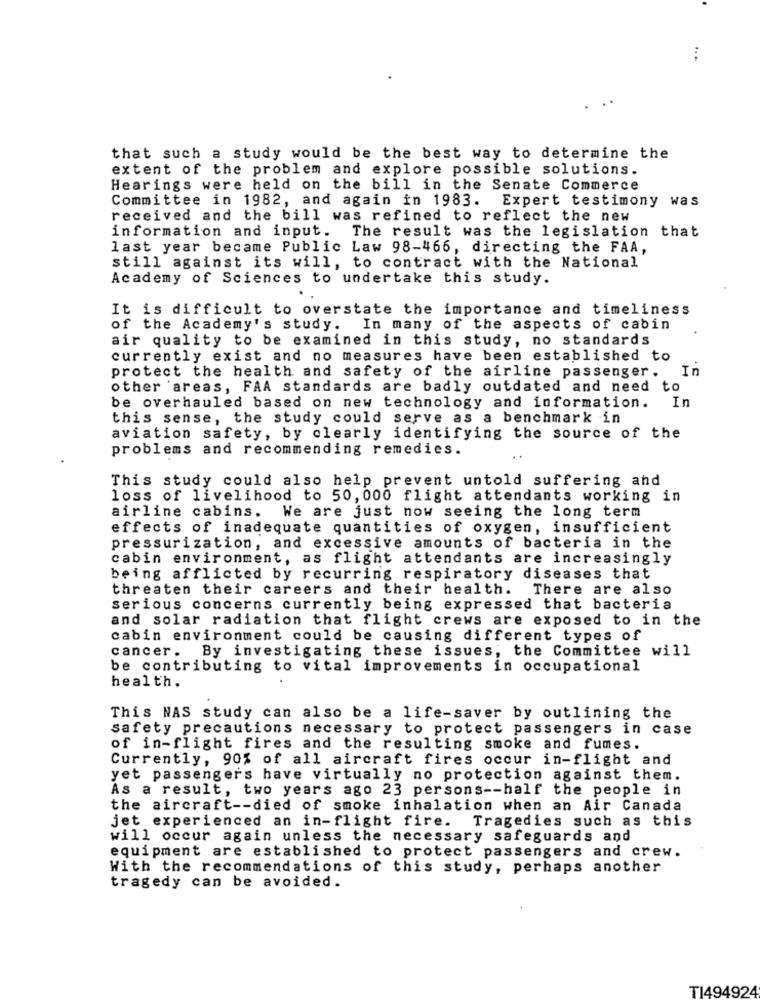
that such a study would be the best way to determine the
extent of the problem and explore possible solutions.
Hearings were held on the bill in the Senate Commerce
Committee in 1982, and again in 1983.
Expert testimony was
received and the bill was refined to reflect the new
information and input. The result was the legislation that
last year became Public Law 98-466, directing the FAA,
still against its will, to contract with the National
Academy of Sciences to undertake this study.
It is difficult to overstate the importance and timeliness
of the Academy's study.
In many of the aspects of cabin
air quality to be examined in this study, no standards
currently exist and no measures have been established to
protect the health and safety of the airline passenger .
In
other areas, FAA standards are badly outdated and need to
be overhauled based on new technology and information.
In
this sense, the study could serve as a benchmark in
aviation safety, by clearly identifying the source of the
problems and recommending remedies.
This study could also help prevent untold suffering and
loss of livelihood to 50, 000 flight attendants working in
airline cabins. We are just now seeing the long term
effects of inadequate quantities of oxygen, insufficient
pressurization, and excessive amounts of bacteria in the
cabin environment, as flight attendants are increasingly
being afflicted by recurring respiratory diseases that
threaten their careers and their health. There are also
serious concerns currently being expressed that bacteria
and solar radiation that flight crews are exposed to in the
cabin environment could be causing different types of
cancer. By investigating these issues, the Committee will
be contributing to vital improvements in occupational
health.
This NAS study can
also be a life-saver by outlining the
safety precautions necessary to protect passengers in case
of in-flight fires and the resulting smoke and fumes.
Currently, 90% of all aircraft fires occur in-flight and
yet passengers have virtually no protection against them.
As a result, two years ago 23 persons -- half the people in
the aircraft -- died of smoke inhalation when an Air Canada
jet experienced an in-flight fire. Tragedies such as this
will occur again unless the necessary safeguards and
equipment are established to protect passengers and crew.
With the recommendations of this study, perhaps another
tragedy can be avoided.
T1494924